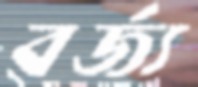
বর্জ্য